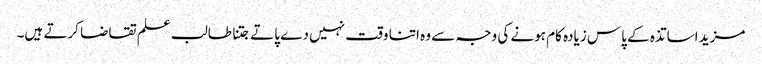
مزید اساتذہ کے پاس زیادہ کام ہونے کی وجہ سے وہ اتنا وقت نہیں دے پاتے جتنا طالب علم تقاضا کرتے ہیں۔